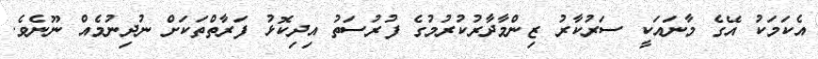
އެކަމަކު އޭގެ މާނައަކީ ސަރުކާރު ޒިންމާދާރުކުރުމުގެ ފުރުސަތު އިދިކޮޅު ފަރާތްތަކަށް ނުދިނުމެއް ނޫނެވެ.